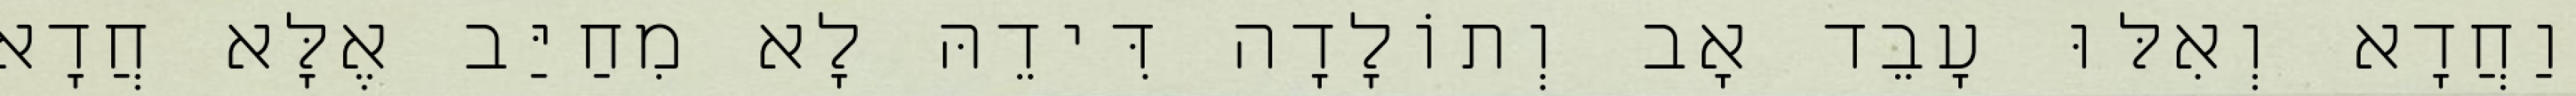
וַחֲדָא וְאִלּוּ עָבֵד אָב וְתוֹלָדָה דִּידֵהּ לָא מִחַיַּב אֶלָּא חֲדָא